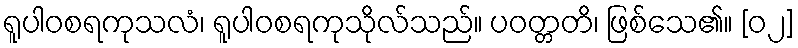
ရူပါဝစရကုသလံ၊ ရူပါဝစရကုသိုလ်သည်။ ပဝတ္တတိ၊ ဖြစ်သေ၏။ [၀၂]